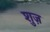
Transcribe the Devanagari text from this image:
शुज़